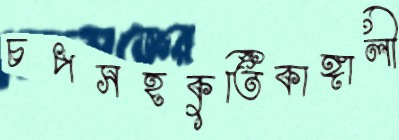
চপসহকুর্তিকাঙ্গালী